Document type: Sale
Year: 1461
Scribe: [Unknown]
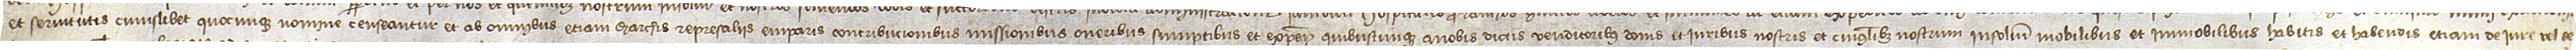
et servitutis cuiuslibet quocunque nomine censeantur, et ab omnibus etiam marchis, represaliis, emparis, contribucionibus, missionibus, oneribus, sumptibus et expensis quibuscunque a nobis dictis venditoribus bonis et iuribus nostris et cuiuslibet nostrum insolidum, mobilibus et immobilibus, habitis et habendis, etiam de iure vel de